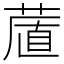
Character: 𦷔